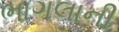
ભાગલાની